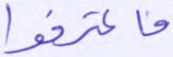
فاعترفوا